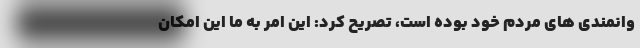
وانمندی های مردم خود بوده است، تصریح کرد: این امر به ما این امکان